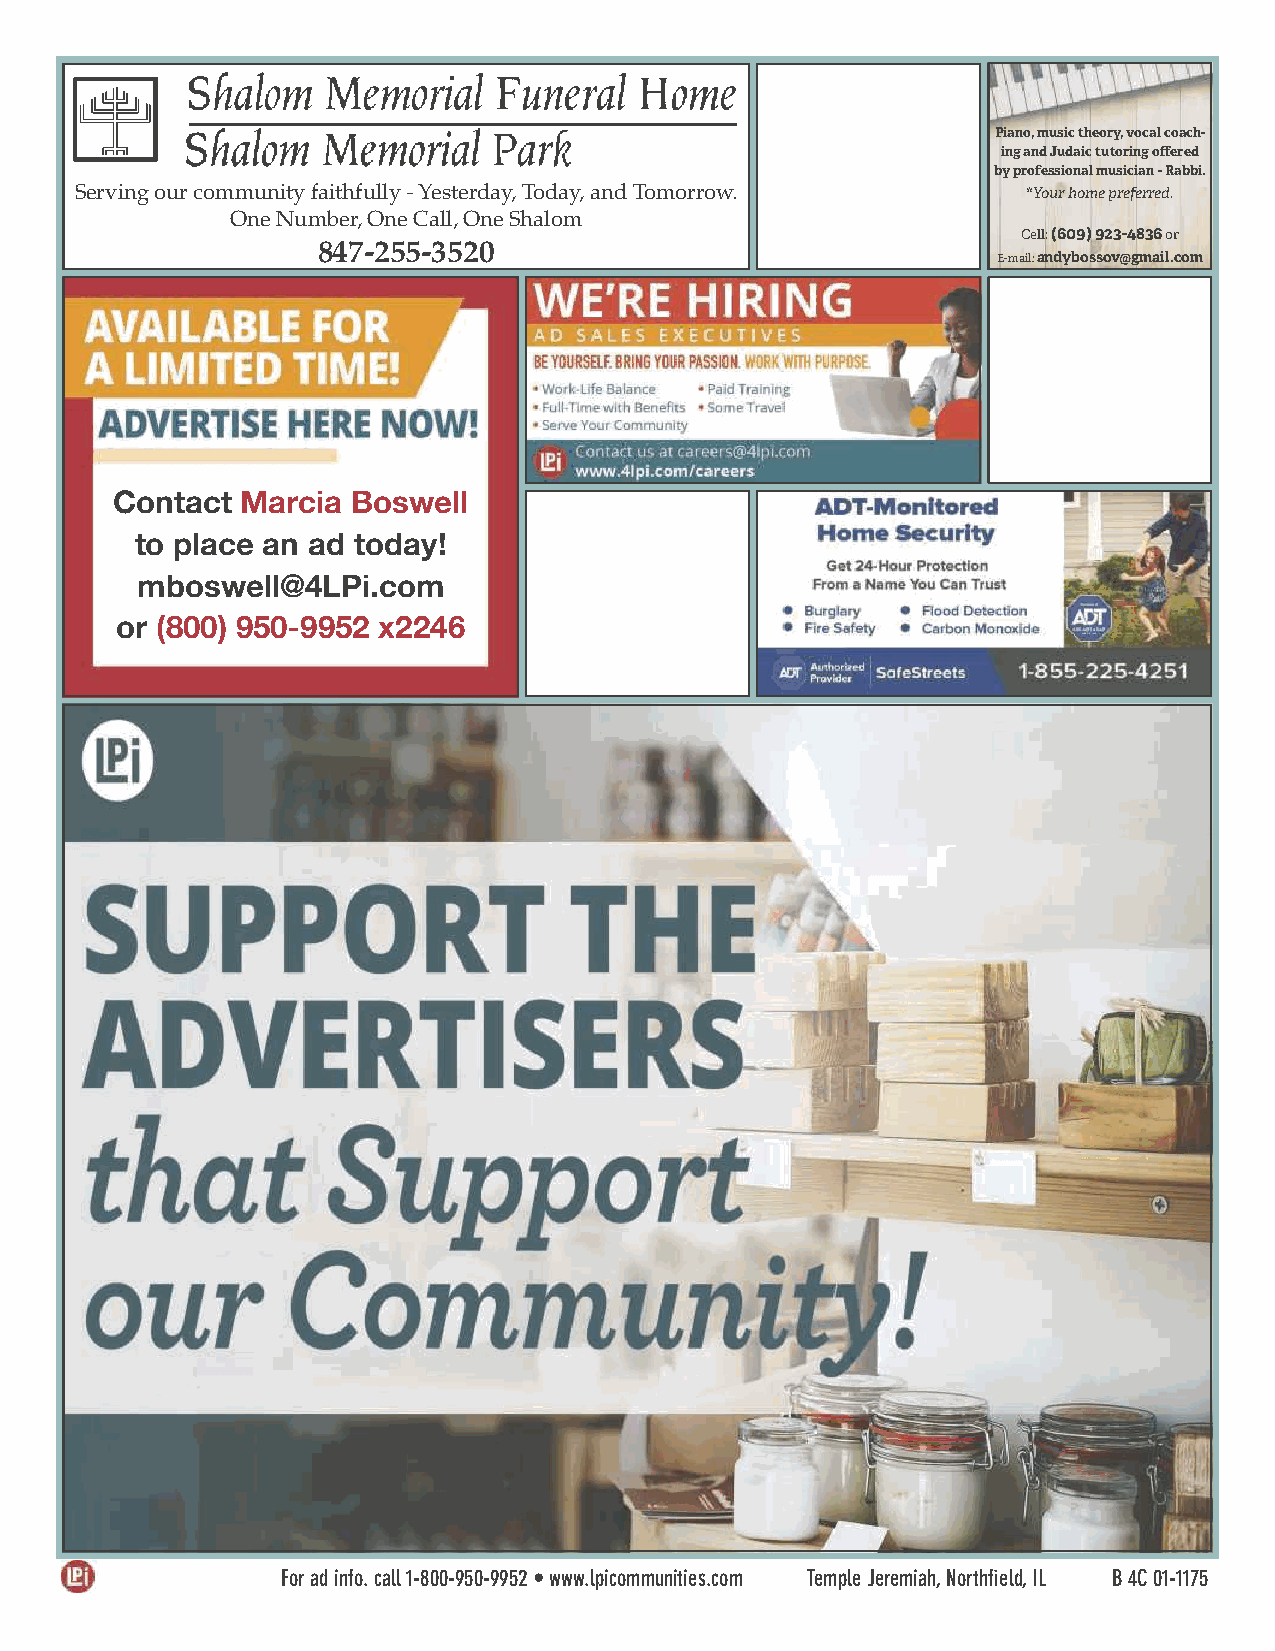
Piano, music theory, vocal coach-
 ing and Judaic tutoring offered
 by professional musician - Rabbi.
 Serving our community faithfully - Yesterday, Today, and Tomorrow. *Your home preferred.
 One Number, One Call, One Shalom
 Cell: (609) 923-4836 or
 847-255-3520
 E-mail: andybossov@gmail.com
 Contact  Marcia Boswell
 to place an ad today!
 mboswell@4LPi.com
 or (800) 950-9952 x2246
 For ad info. call 1-800-950-9952 • www.lpicommunities.com Temple Jeremiah, Northfield, IL B 4C 01-1175